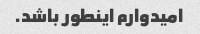
امیدوارم اینطور باشد.